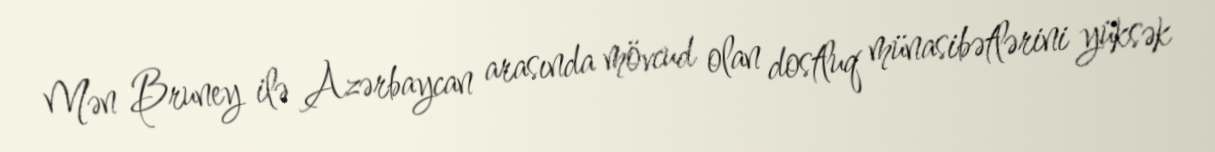
Mən Bruney ilə Azərbaycan arasında mövcud olan dostluq münasibətlərini yüksək